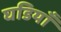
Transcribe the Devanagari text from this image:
घडियाँ